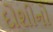
દોશીનો